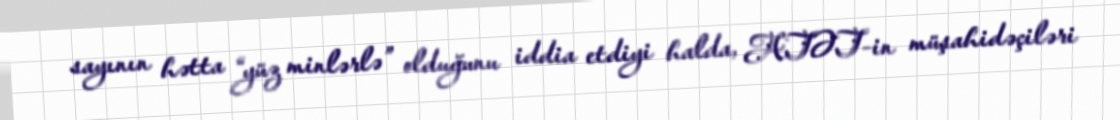
sayının hətta “yüz minlərlə” olduğunu iddia etdiyi halda, ATƏT-in müşahidəçiləri